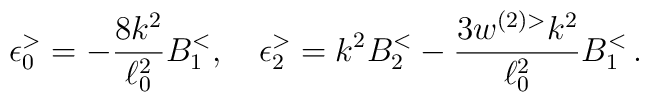
\epsilon _0^> = -\frac{8k^2}{\ell _0^2}B_1^<, \quad \epsilon _2^> = k^2B_2^< - \frac{3w^{(2)>}k^2}{\ell _0^2}B_1^< \, .